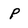
Character: P